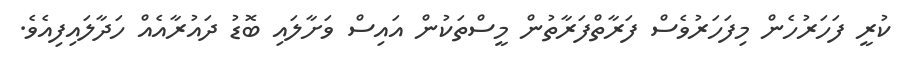
ކުރީ ފަހަރުހެން މިފަހަރުވެސް ފަރާތްފަރާތުން މީސްތަކުން އައިސް ވަށާލައި ބޮޑު ދައުރާއެއް ހަދާލައިފިއެވެ.